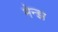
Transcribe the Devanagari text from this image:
मेन्झ